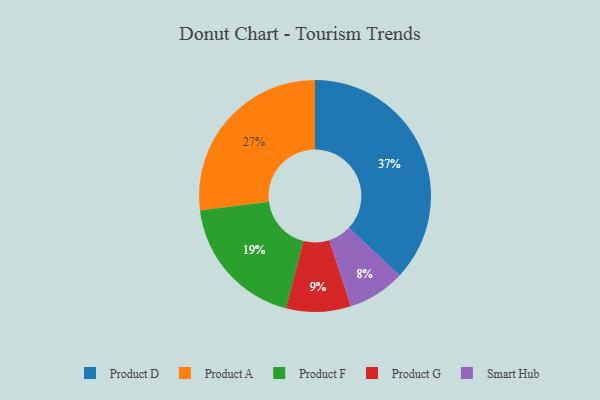
{"axis": {"x": "Category", "y": "Percentage"}, "legend": ["Product A", "Product D", "Product F", "Product G", "Smart Hub"], "data": [{"x": "Product G", "y": 9, "type": "Product G"}, {"x": "Product F", "y": 19, "type": "Product F"}, {"x": "Product A", "y": 27, "type": "Product A"}, {"x": "Smart Hub", "y": 8, "type": "Smart Hub"}, {"x": "Product D", "y": 37, "type": "Product D"}]}